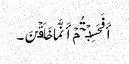
أَفَحَسِبۡتُمۡ أَنَّمَا خَلَقۡنَ۔